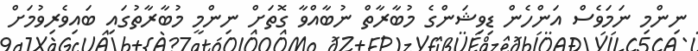
ނިންމި ނަމަވެސް އަންހެން ޑިވިޝަންގެ މުބާރާތް ނުބާއްވާ ގޮތަށް ނިންމީ މުބާރާތުގައި ބައިވެރިވުމަށް